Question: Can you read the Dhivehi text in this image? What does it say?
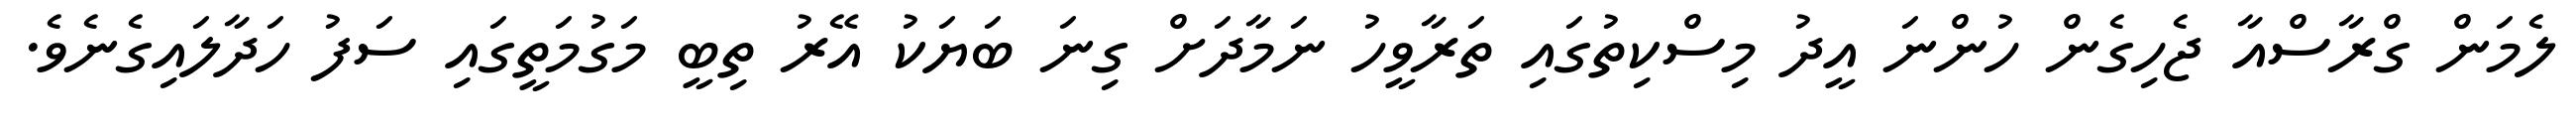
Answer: ލެމަން ގްރާސްއާ ޖެހިގެން ހުންނަ އީދު މިސްކިތުގައި ތަރާވީހު ނަމާދަށް ގިނަ ބަޔަކު އޭރު ތިބީ މަގުމަތީގައި ސަފު ހަދާލައިގެނެވެ.